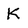
Character: K